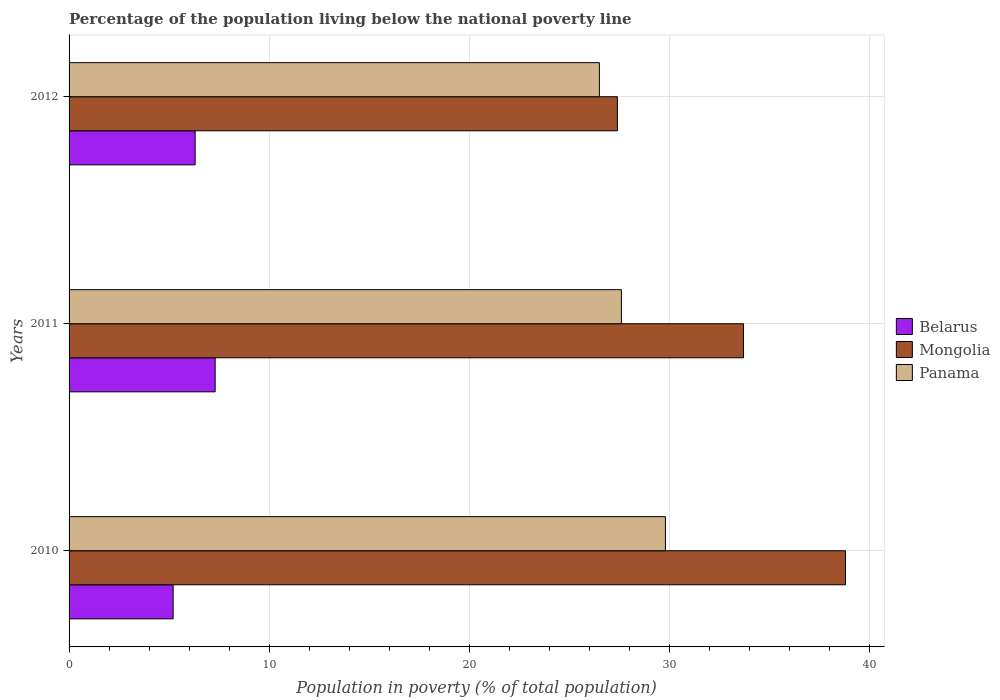
| Years | Belarus | Mongolia | Panama |
 | --- | --- | --- | --- |
 | 2010 | 5.2 | 38.8 | 29.8 |
 | 2011 | 7.3 | 33.7 | 27.6 |
 | 2012 | 6.3 | 27.4 | 26.5 |